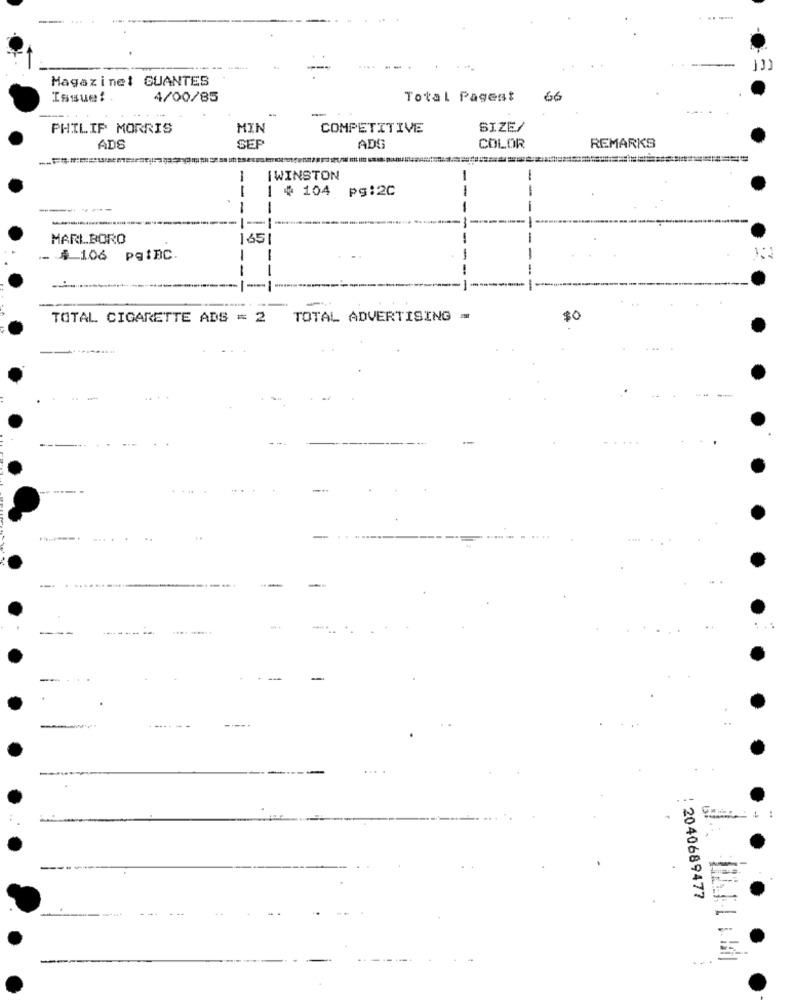
--
131
Magazinel GUANTES
Issue!
4/00/85
Total Pagest
66
-
PHILIP MORRIS
MIN
COMPETITIVE
SIZE/
REMARKS
ADS
SEP
ADS
COLOR
IWINSTON
--
| # 104 pg:20
-
------
MARLBORO
165
-
$ 106 pgiBC.
-
--
-------
TOTAL CIGARETTE ADS = 2 TOTAL ADVERTISING =
$0
---
: 2040689477